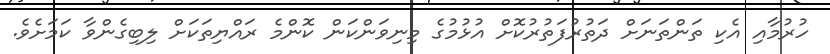
ހުރުމާއި އެކި ތަންތަނަށް ދަތުރުފަތުރުކޮށް އުޅުމުގެ މިނިވަންކަން ކޮންމެ ރައްޔިތަކަށް ލިބިގެންވާ ކަމަށެވެ.